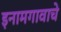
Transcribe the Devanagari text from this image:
इनामगावाचे